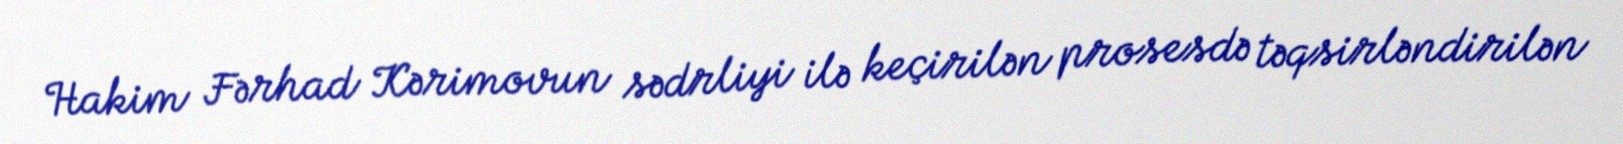
Hakim Fərhad Kərimovun sədrliyi ilə keçirilən prosesdə təqsirləndirilən